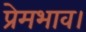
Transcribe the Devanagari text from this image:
प्रेमभाव।